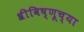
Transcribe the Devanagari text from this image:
श्रीविष्णूच्या